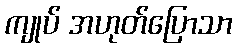
ကျုပ် အဟုတ်ပြောသာ